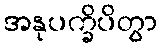
အနုပက္ခိပိတွာ